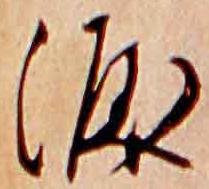
涙